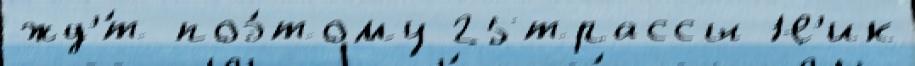
жд'́т поэ́тому 25трассы Н'ик